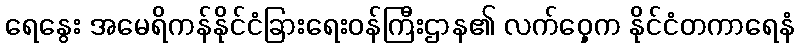
ရေနွေး အမေရိကန်နိုင်ငံခြားရေးဝန်ကြီးဌာန၏ လက်ဝှေ့က နိုင်ငံတကာရေနံ